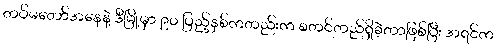
တပ်မတော်အနေနဲ့ ဒီမြို့မှာ ၉ဝ ပြည့်နှစ်ကတည်းက စတင်တည်ရှိခဲ့တာဖြစ်ပြီး အရင်က